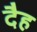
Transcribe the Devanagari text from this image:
दैह